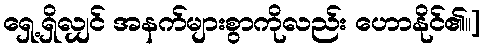
ရှေ့ရှိလျှင် အနက်များစွာကိုလည်း ဟောနိုင်၏။]